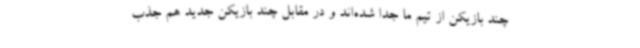
چند بازیکن از تیم ما جدا شده‌اند و در مقابل چند بازیکن جدید هم جذب